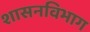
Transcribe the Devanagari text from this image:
शासनविभाग